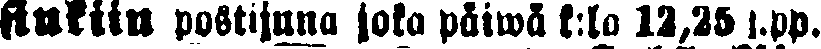
sinkiin postijuna joka päiwä k:lo 12,25 j.pp.